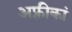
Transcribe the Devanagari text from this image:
अफ़्रीकां